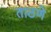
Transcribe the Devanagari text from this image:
ताठणे